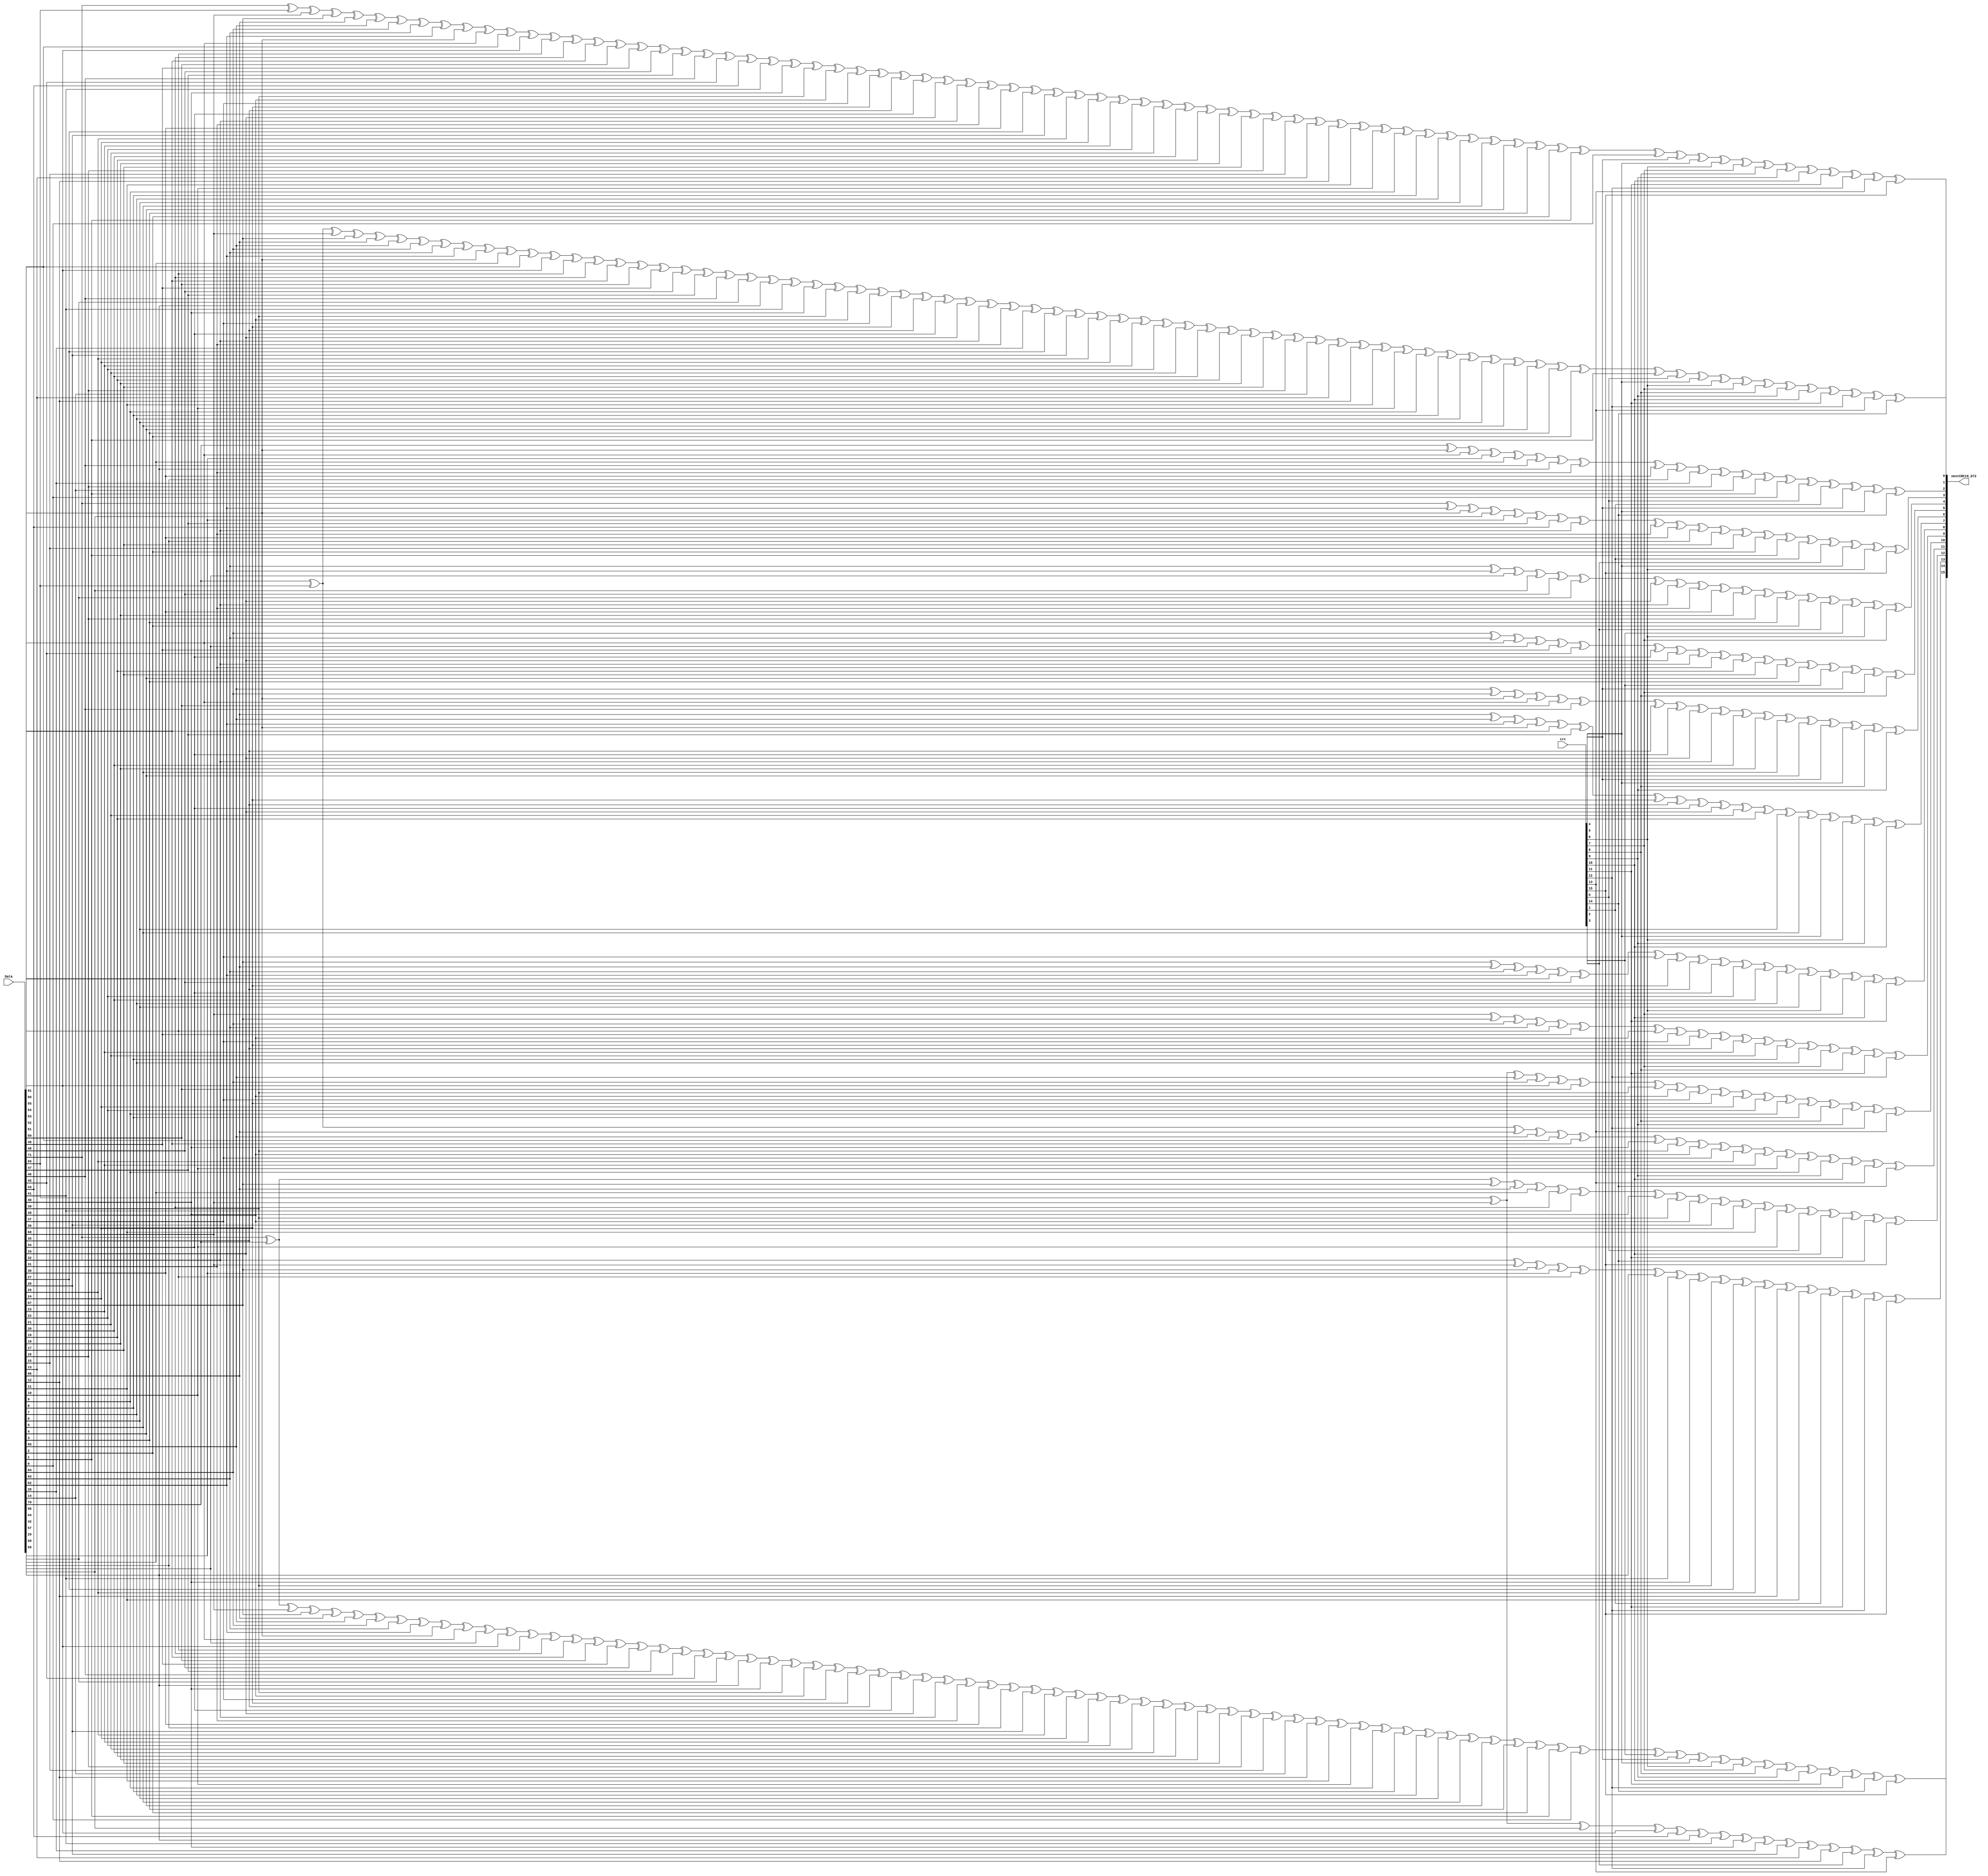
////////////////////////////////////////////////////////////////////////////////
// Copyright (C) 1999-2008 Easics NV.
// This source file may be used and distributed without restriction
// provided that this copyright statement is not removed from the file
// and that any derivative work contains the original copyright notice
// and the associated disclaimer.
//
// THIS SOURCE FILE IS PROVIDED "AS IS" AND WITHOUT ANY EXPRESS
// OR IMPLIED WARRANTIES, INCLUDING, WITHOUT LIMITATION, THE IMPLIED
// WARRANTIES OF MERCHANTIBILITY AND FITNESS FOR A PARTICULAR PURPOSE.
//
// Purpose : synthesizable CRC function
//   * polynomial: x^16 + x^15 + x^2 + 1
//   * data width: 72
//
// Info : tools@easics.be
//        http://www.easics.com
////////////////////////////////////////////////////////////////////////////////
module CRC16_D72(

    nextCRC16_D72,
  Data,
  crc
  );

  output reg  [15:0] nextCRC16_D72;

    input wire [71:0] Data;
    input wire [15:0] crc;
    reg [71:0] d;
    reg [15:0] c;
    reg [15:0] newcrc;
  always @ (*) 
  begin
    d = Data;
    c = crc;

    newcrc[0] = d[71] ^ d[69] ^ d[68] ^ d[67] ^ d[66] ^ d[65] ^ d[64] ^ d[63] ^ d[62] ^ d[61] ^ d[60] ^ d[55] ^ d[54] ^ d[53] ^ d[52] ^ d[51] ^ d[50] ^ d[49] ^ d[48] ^ d[47] ^ d[46] ^ d[45] ^ d[43] ^ d[41] ^ d[40] ^ d[39] ^ d[38] ^ d[37] ^ d[36] ^ d[35] ^ d[34] ^ d[33] ^ d[32] ^ d[31] ^ d[30] ^ d[27] ^ d[26] ^ d[25] ^ d[24] ^ d[23] ^ d[22] ^ d[21] ^ d[20] ^ d[19] ^ d[18] ^ d[17] ^ d[16] ^ d[15] ^ d[13] ^ d[12] ^ d[11] ^ d[10] ^ d[9] ^ d[8] ^ d[7] ^ d[6] ^ d[5] ^ d[4] ^ d[3] ^ d[2] ^ d[1] ^ d[0] ^ c[4] ^ c[5] ^ c[6] ^ c[7] ^ c[8] ^ c[9] ^ c[10] ^ c[11] ^ c[12] ^ c[13] ^ c[15];
    newcrc[1] = d[70] ^ d[69] ^ d[68] ^ d[67] ^ d[66] ^ d[65] ^ d[64] ^ d[63] ^ d[62] ^ d[61] ^ d[56] ^ d[55] ^ d[54] ^ d[53] ^ d[52] ^ d[51] ^ d[50] ^ d[49] ^ d[48] ^ d[47] ^ d[46] ^ d[44] ^ d[42] ^ d[41] ^ d[40] ^ d[39] ^ d[38] ^ d[37] ^ d[36] ^ d[35] ^ d[34] ^ d[33] ^ d[32] ^ d[31] ^ d[28] ^ d[27] ^ d[26] ^ d[25] ^ d[24] ^ d[23] ^ d[22] ^ d[21] ^ d[20] ^ d[19] ^ d[18] ^ d[17] ^ d[16] ^ d[14] ^ d[13] ^ d[12] ^ d[11] ^ d[10] ^ d[9] ^ d[8] ^ d[7] ^ d[6] ^ d[5] ^ d[4] ^ d[3] ^ d[2] ^ d[1] ^ c[0] ^ c[5] ^ c[6] ^ c[7] ^ c[8] ^ c[9] ^ c[10] ^ c[11] ^ c[12] ^ c[13] ^ c[14];
    newcrc[2] = d[70] ^ d[61] ^ d[60] ^ d[57] ^ d[56] ^ d[46] ^ d[42] ^ d[31] ^ d[30] ^ d[29] ^ d[28] ^ d[16] ^ d[14] ^ d[1] ^ d[0] ^ c[0] ^ c[1] ^ c[4] ^ c[5] ^ c[14];
    newcrc[3] = d[71] ^ d[62] ^ d[61] ^ d[58] ^ d[57] ^ d[47] ^ d[43] ^ d[32] ^ d[31] ^ d[30] ^ d[29] ^ d[17] ^ d[15] ^ d[2] ^ d[1] ^ c[1] ^ c[2] ^ c[5] ^ c[6] ^ c[15];
    newcrc[4] = d[63] ^ d[62] ^ d[59] ^ d[58] ^ d[48] ^ d[44] ^ d[33] ^ d[32] ^ d[31] ^ d[30] ^ d[18] ^ d[16] ^ d[3] ^ d[2] ^ c[2] ^ c[3] ^ c[6] ^ c[7];
    newcrc[5] = d[64] ^ d[63] ^ d[60] ^ d[59] ^ d[49] ^ d[45] ^ d[34] ^ d[33] ^ d[32] ^ d[31] ^ d[19] ^ d[17] ^ d[4] ^ d[3] ^ c[3] ^ c[4] ^ c[7] ^ c[8];
    newcrc[6] = d[65] ^ d[64] ^ d[61] ^ d[60] ^ d[50] ^ d[46] ^ d[35] ^ d[34] ^ d[33] ^ d[32] ^ d[20] ^ d[18] ^ d[5] ^ d[4] ^ c[4] ^ c[5] ^ c[8] ^ c[9];
    newcrc[7] = d[66] ^ d[65] ^ d[62] ^ d[61] ^ d[51] ^ d[47] ^ d[36] ^ d[35] ^ d[34] ^ d[33] ^ d[21] ^ d[19] ^ d[6] ^ d[5] ^ c[5] ^ c[6] ^ c[9] ^ c[10];
    newcrc[8] = d[67] ^ d[66] ^ d[63] ^ d[62] ^ d[52] ^ d[48] ^ d[37] ^ d[36] ^ d[35] ^ d[34] ^ d[22] ^ d[20] ^ d[7] ^ d[6] ^ c[6] ^ c[7] ^ c[10] ^ c[11];
    newcrc[9] = d[68] ^ d[67] ^ d[64] ^ d[63] ^ d[53] ^ d[49] ^ d[38] ^ d[37] ^ d[36] ^ d[35] ^ d[23] ^ d[21] ^ d[8] ^ d[7] ^ c[7] ^ c[8] ^ c[11] ^ c[12];
    newcrc[10] = d[69] ^ d[68] ^ d[65] ^ d[64] ^ d[54] ^ d[50] ^ d[39] ^ d[38] ^ d[37] ^ d[36] ^ d[24] ^ d[22] ^ d[9] ^ d[8] ^ c[8] ^ c[9] ^ c[12] ^ c[13];
    newcrc[11] = d[70] ^ d[69] ^ d[66] ^ d[65] ^ d[55] ^ d[51] ^ d[40] ^ d[39] ^ d[38] ^ d[37] ^ d[25] ^ d[23] ^ d[10] ^ d[9] ^ c[9] ^ c[10] ^ c[13] ^ c[14];
    newcrc[12] = d[71] ^ d[70] ^ d[67] ^ d[66] ^ d[56] ^ d[52] ^ d[41] ^ d[40] ^ d[39] ^ d[38] ^ d[26] ^ d[24] ^ d[11] ^ d[10] ^ c[0] ^ c[10] ^ c[11] ^ c[14] ^ c[15];
    newcrc[13] = d[71] ^ d[68] ^ d[67] ^ d[57] ^ d[53] ^ d[42] ^ d[41] ^ d[40] ^ d[39] ^ d[27] ^ d[25] ^ d[12] ^ d[11] ^ c[1] ^ c[11] ^ c[12] ^ c[15];
    newcrc[14] = d[69] ^ d[68] ^ d[58] ^ d[54] ^ d[43] ^ d[42] ^ d[41] ^ d[40] ^ d[28] ^ d[26] ^ d[13] ^ d[12] ^ c[2] ^ c[12] ^ c[13];
    newcrc[15] = d[71] ^ d[70] ^ d[68] ^ d[67] ^ d[66] ^ d[65] ^ d[64] ^ d[63] ^ d[62] ^ d[61] ^ d[60] ^ d[59] ^ d[54] ^ d[53] ^ d[52] ^ d[51] ^ d[50] ^ d[49] ^ d[48] ^ d[47] ^ d[46] ^ d[45] ^ d[44] ^ d[42] ^ d[40] ^ d[39] ^ d[38] ^ d[37] ^ d[36] ^ d[35] ^ d[34] ^ d[33] ^ d[32] ^ d[31] ^ d[30] ^ d[29] ^ d[26] ^ d[25] ^ d[24] ^ d[23] ^ d[22] ^ d[21] ^ d[20] ^ d[19] ^ d[18] ^ d[17] ^ d[16] ^ d[15] ^ d[14] ^ d[12] ^ d[11] ^ d[10] ^ d[9] ^ d[8] ^ d[7] ^ d[6] ^ d[5] ^ d[4] ^ d[3] ^ d[2] ^ d[1] ^ d[0] ^ c[3] ^ c[4] ^ c[5] ^ c[6] ^ c[7] ^ c[8] ^ c[9] ^ c[10] ^ c[11] ^ c[12] ^ c[14] ^ c[15];
    nextCRC16_D72 = newcrc;
  end
  
endmodule